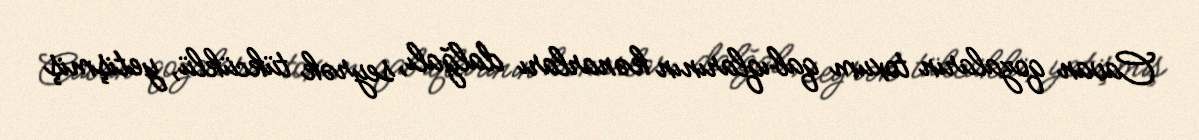
Cavan qozaların toxum qabıqlarının kənarları dalğalı, seyrək tükcüklü, yetişmiş